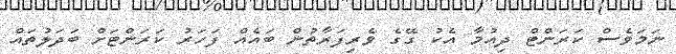
ނަމަވެސް ކަރަންޓް ދިއުމާ އެކު ގޭގެ ވެރިފަރާތުން ބައެއް ފަހަރު ކަރަންޓަށް ބަދަލުތައް